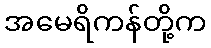
အမေရိကန်တို့က